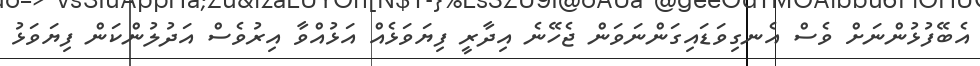
އެބޭފުޅުންނަށް ވެސް އެނގިވަޑައިގަންނަވަން ޖެހޭނެ އިދާރީ ފިޔަވަޅެއް އަޅުއްވާ އިރުވެސް އަދުލުންކަން ފިޔަވަޅު